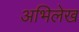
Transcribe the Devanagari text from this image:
अभिलेख